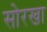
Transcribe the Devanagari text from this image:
सोरखा